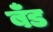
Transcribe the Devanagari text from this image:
बॅँड